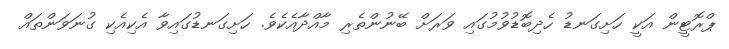
ޕްރޮޓީން އަކީ ހަށިގަނޑު ހެދިބޮޑުވުމުގައި ވަރަށް ބޭނުންތެރި މާއްދާއެކެވެ. ހަށިގަނޑުގައިވާ އެކިއެކި ގުނަވަންތައް